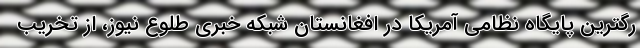
رگترین پایگاه نظامی آمریکا در افغانستان شبکه خبری طلوع نیوز، از تخریب